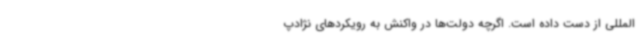
المللی از دست داده است. اگرچه دولت‌ها در واکنش به رویکردهای نژادپ